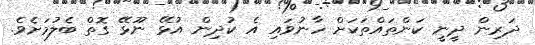
ދަރިން ދީނީ ކަންތައްތަކަށް ހާނުވައި އެ ކުދިން އުޅޭ ނޫޅޭ ގޮތް ބެލުމަށެވެ.